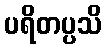
ပရိတပ္ပသိ